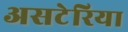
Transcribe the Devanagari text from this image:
असटेरिया